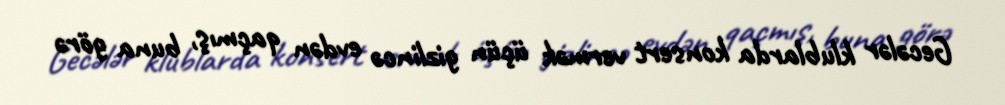
Gecələr klublarda konsert vermək üçün gizlincə evdən qaçmış, buna görə